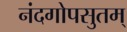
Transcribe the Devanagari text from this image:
नंदगोपसुतम्